Leningradi_Edasi_toimetus, lk 27
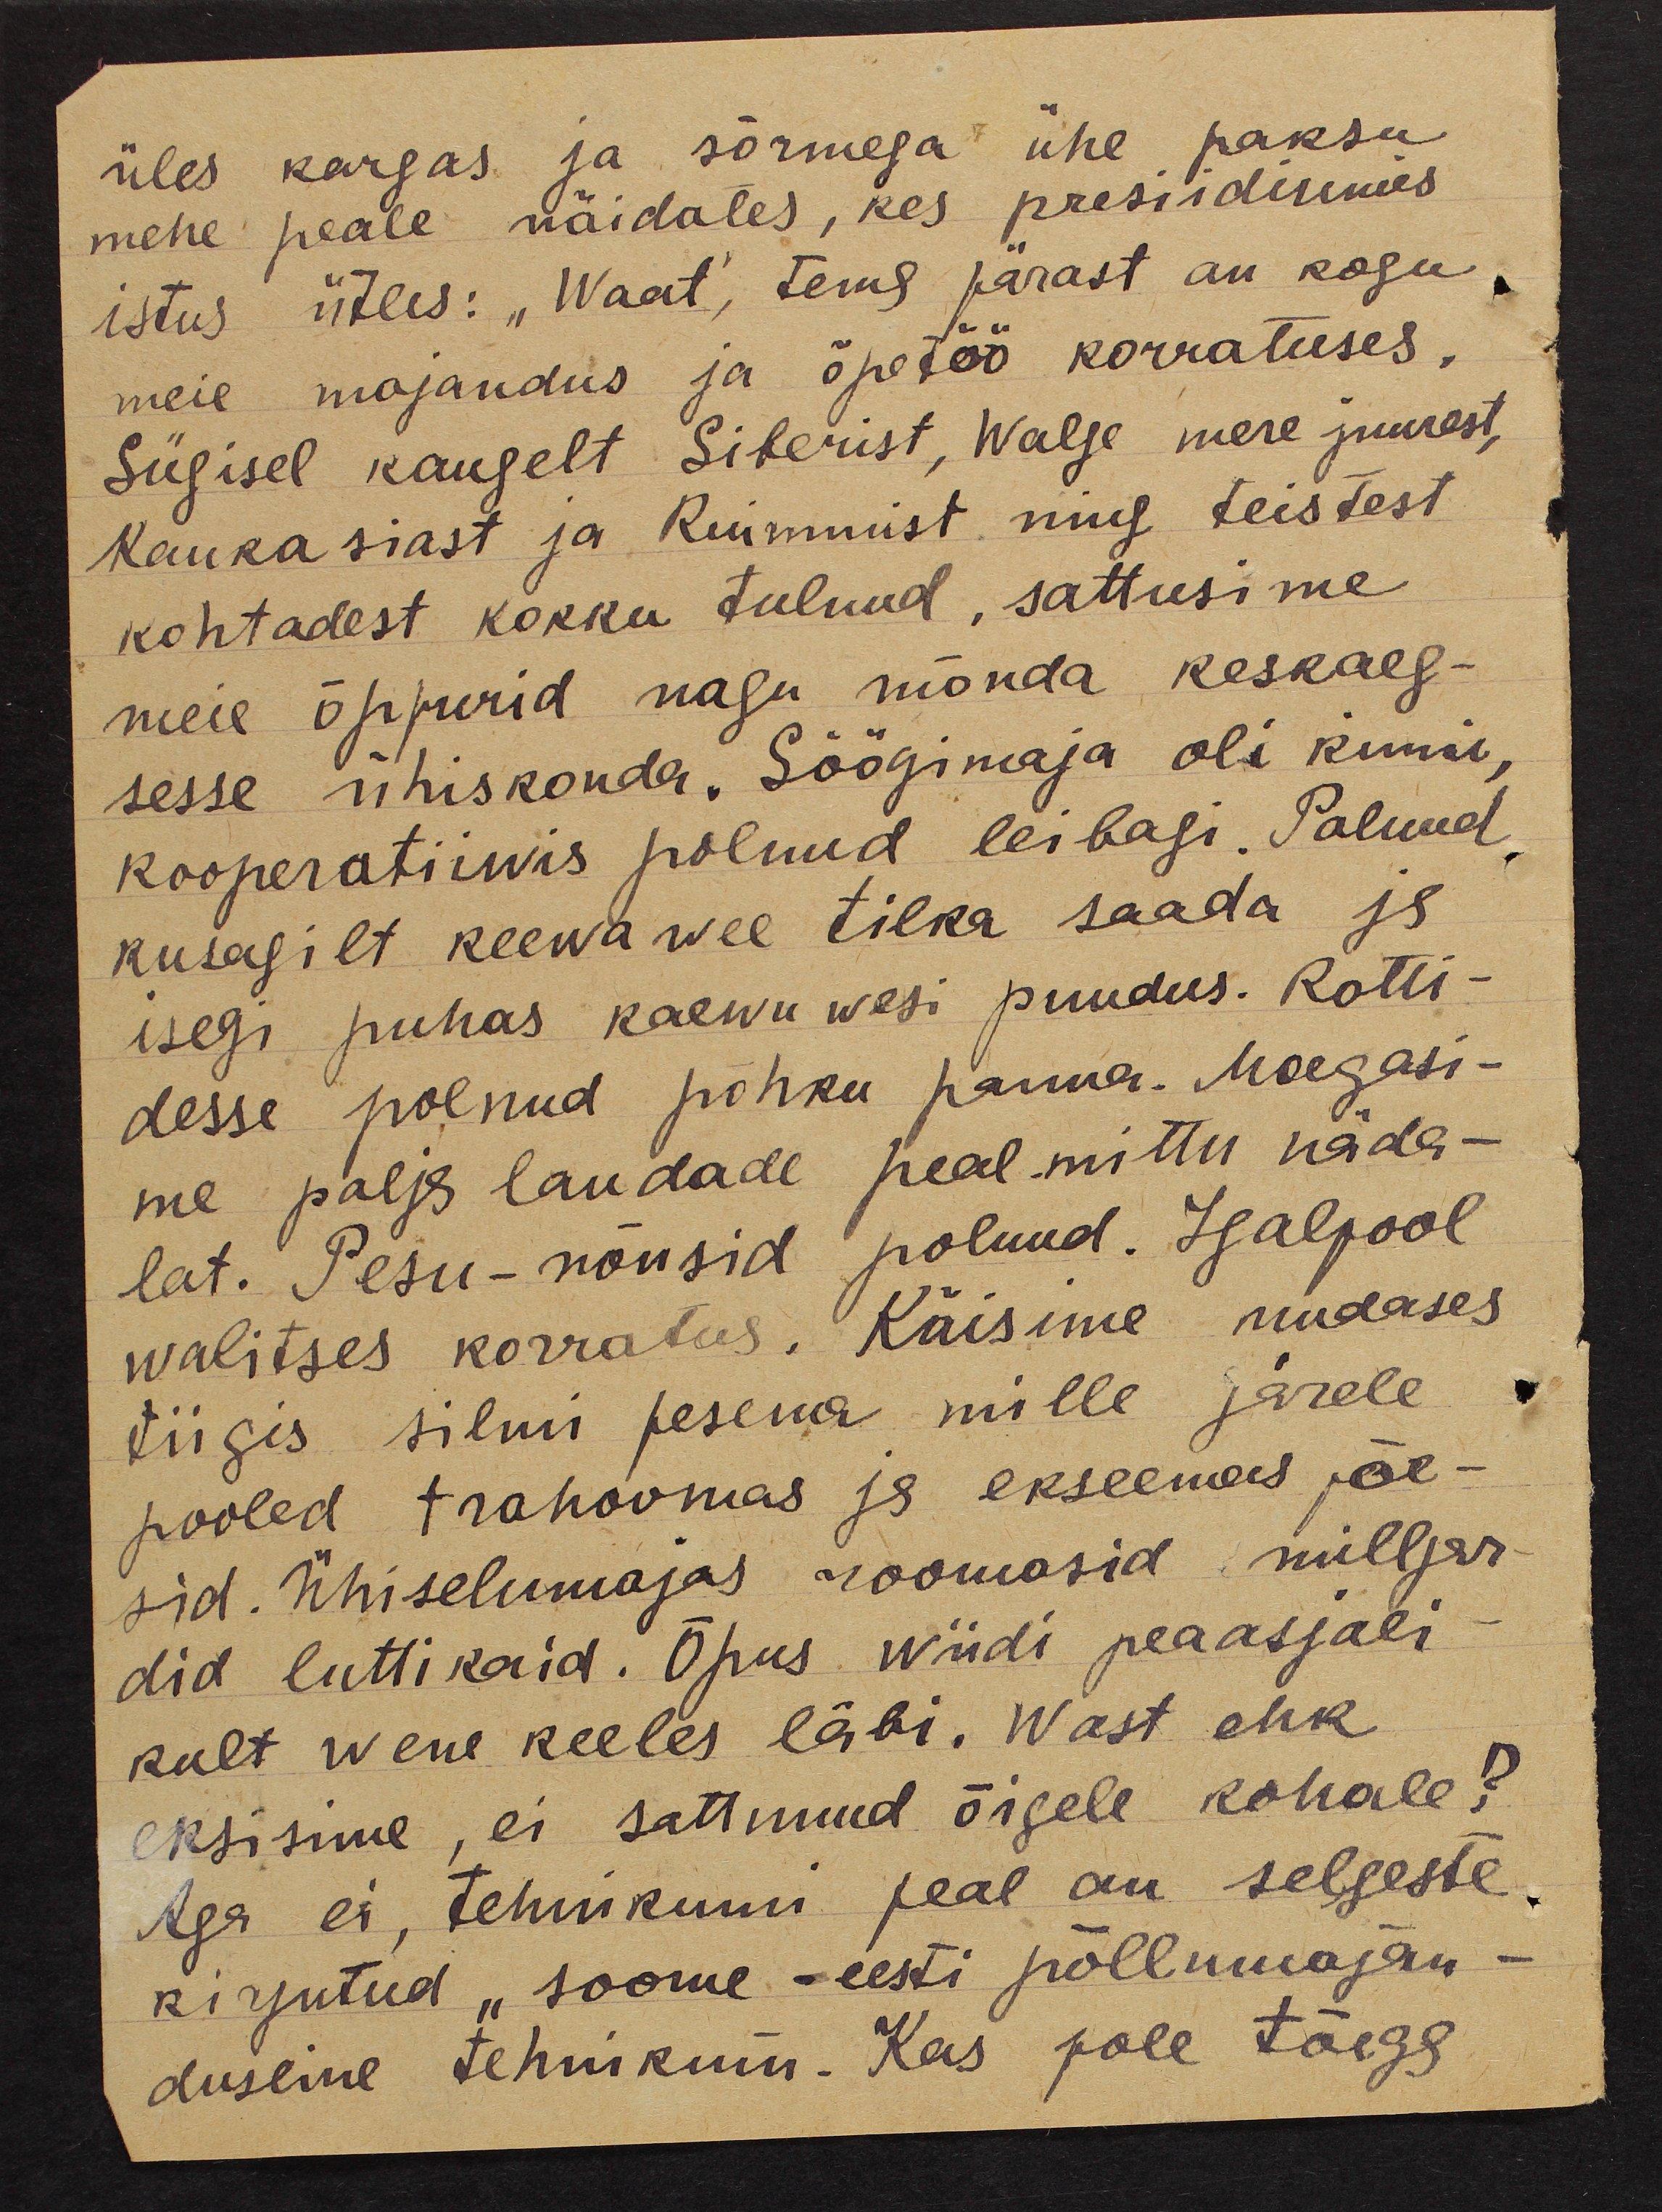
üles kargas ja sõrmega ühe paksu
mehe peale näidates, kes presiidiumis
istus ütles: "Waat", tema pärast on kogu,
meie majandus ja õpetöö korratuses.
Sügisel kaugelt Siberist, Walge mere juurest,
Kaukasiast ja Krimmist ning teistest
kohtadest kokku tulnud, sattusime
meie õppurid nagu mõnda keskaeg-
sesse ühiskonda. Söögimaja oli kinni,
kooperatiiwis polnud leibagi. Polnud
kusagilt keewa wee tilka saada ja
isegi puhas kaewu wesi puudus. Kotti-
desse polnud põhku panna. Magasi-
me palja laudade peal mittu näda-
lat. Pesu-nõusid polnud. Igalpool
walitses korratus. Käisime mudases
tiigis silmi pesema mille järele
pooled trahoomas ja ekseemas põe-
sid. Ühiselumajas roomasid milljar-
did luttikaid. Õpus wiidi peaasjali
kult wene keeles läbi. Wast ehk
eksisime, ei sattunud õigele kohale?
Aga ei, tehnikumi peal on selgeste
kirjutud "soome - eesti põllumajan-
dusline tehnikum. Kas pole tõega